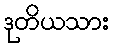
ဒုတိယသား